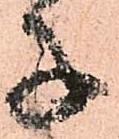
子